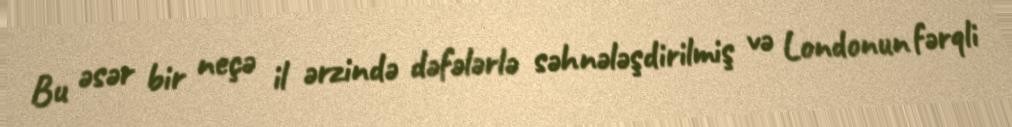
Bu əsər bir neçə il ərzində dəfələrlə səhnələşdirilmiş və Londonun fərqli